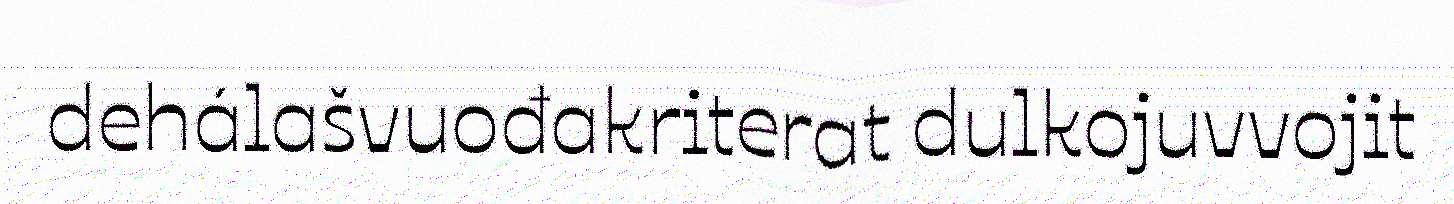
dehálašvuođakriterat dulkojuvvojit